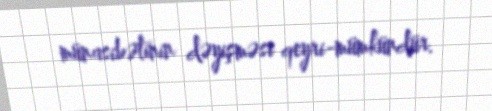
münasibətinin dəyişməsi qeyri-mümkündür.